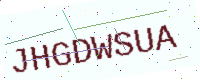
Text: JHGDWSUA